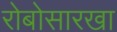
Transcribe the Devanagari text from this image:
रोबोसारखा